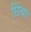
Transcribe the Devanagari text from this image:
छिंचा